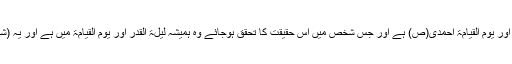
نیــز فرماتے ہیں: لیلۃ القدر محمدی(ص) اور یوم القیامۃ احمدی(ص) ہے اور جس شخص میں اس حقیقت کا تحقق ہوجائے وہ ہمیشہ لیلۃ القدر اور یوم القیامۃ میں ہے اور یہ (شب قدر ویوم قیامت) با ہم جمع ہوجاتی ہیں۔